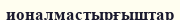
ионалмастырғыштар